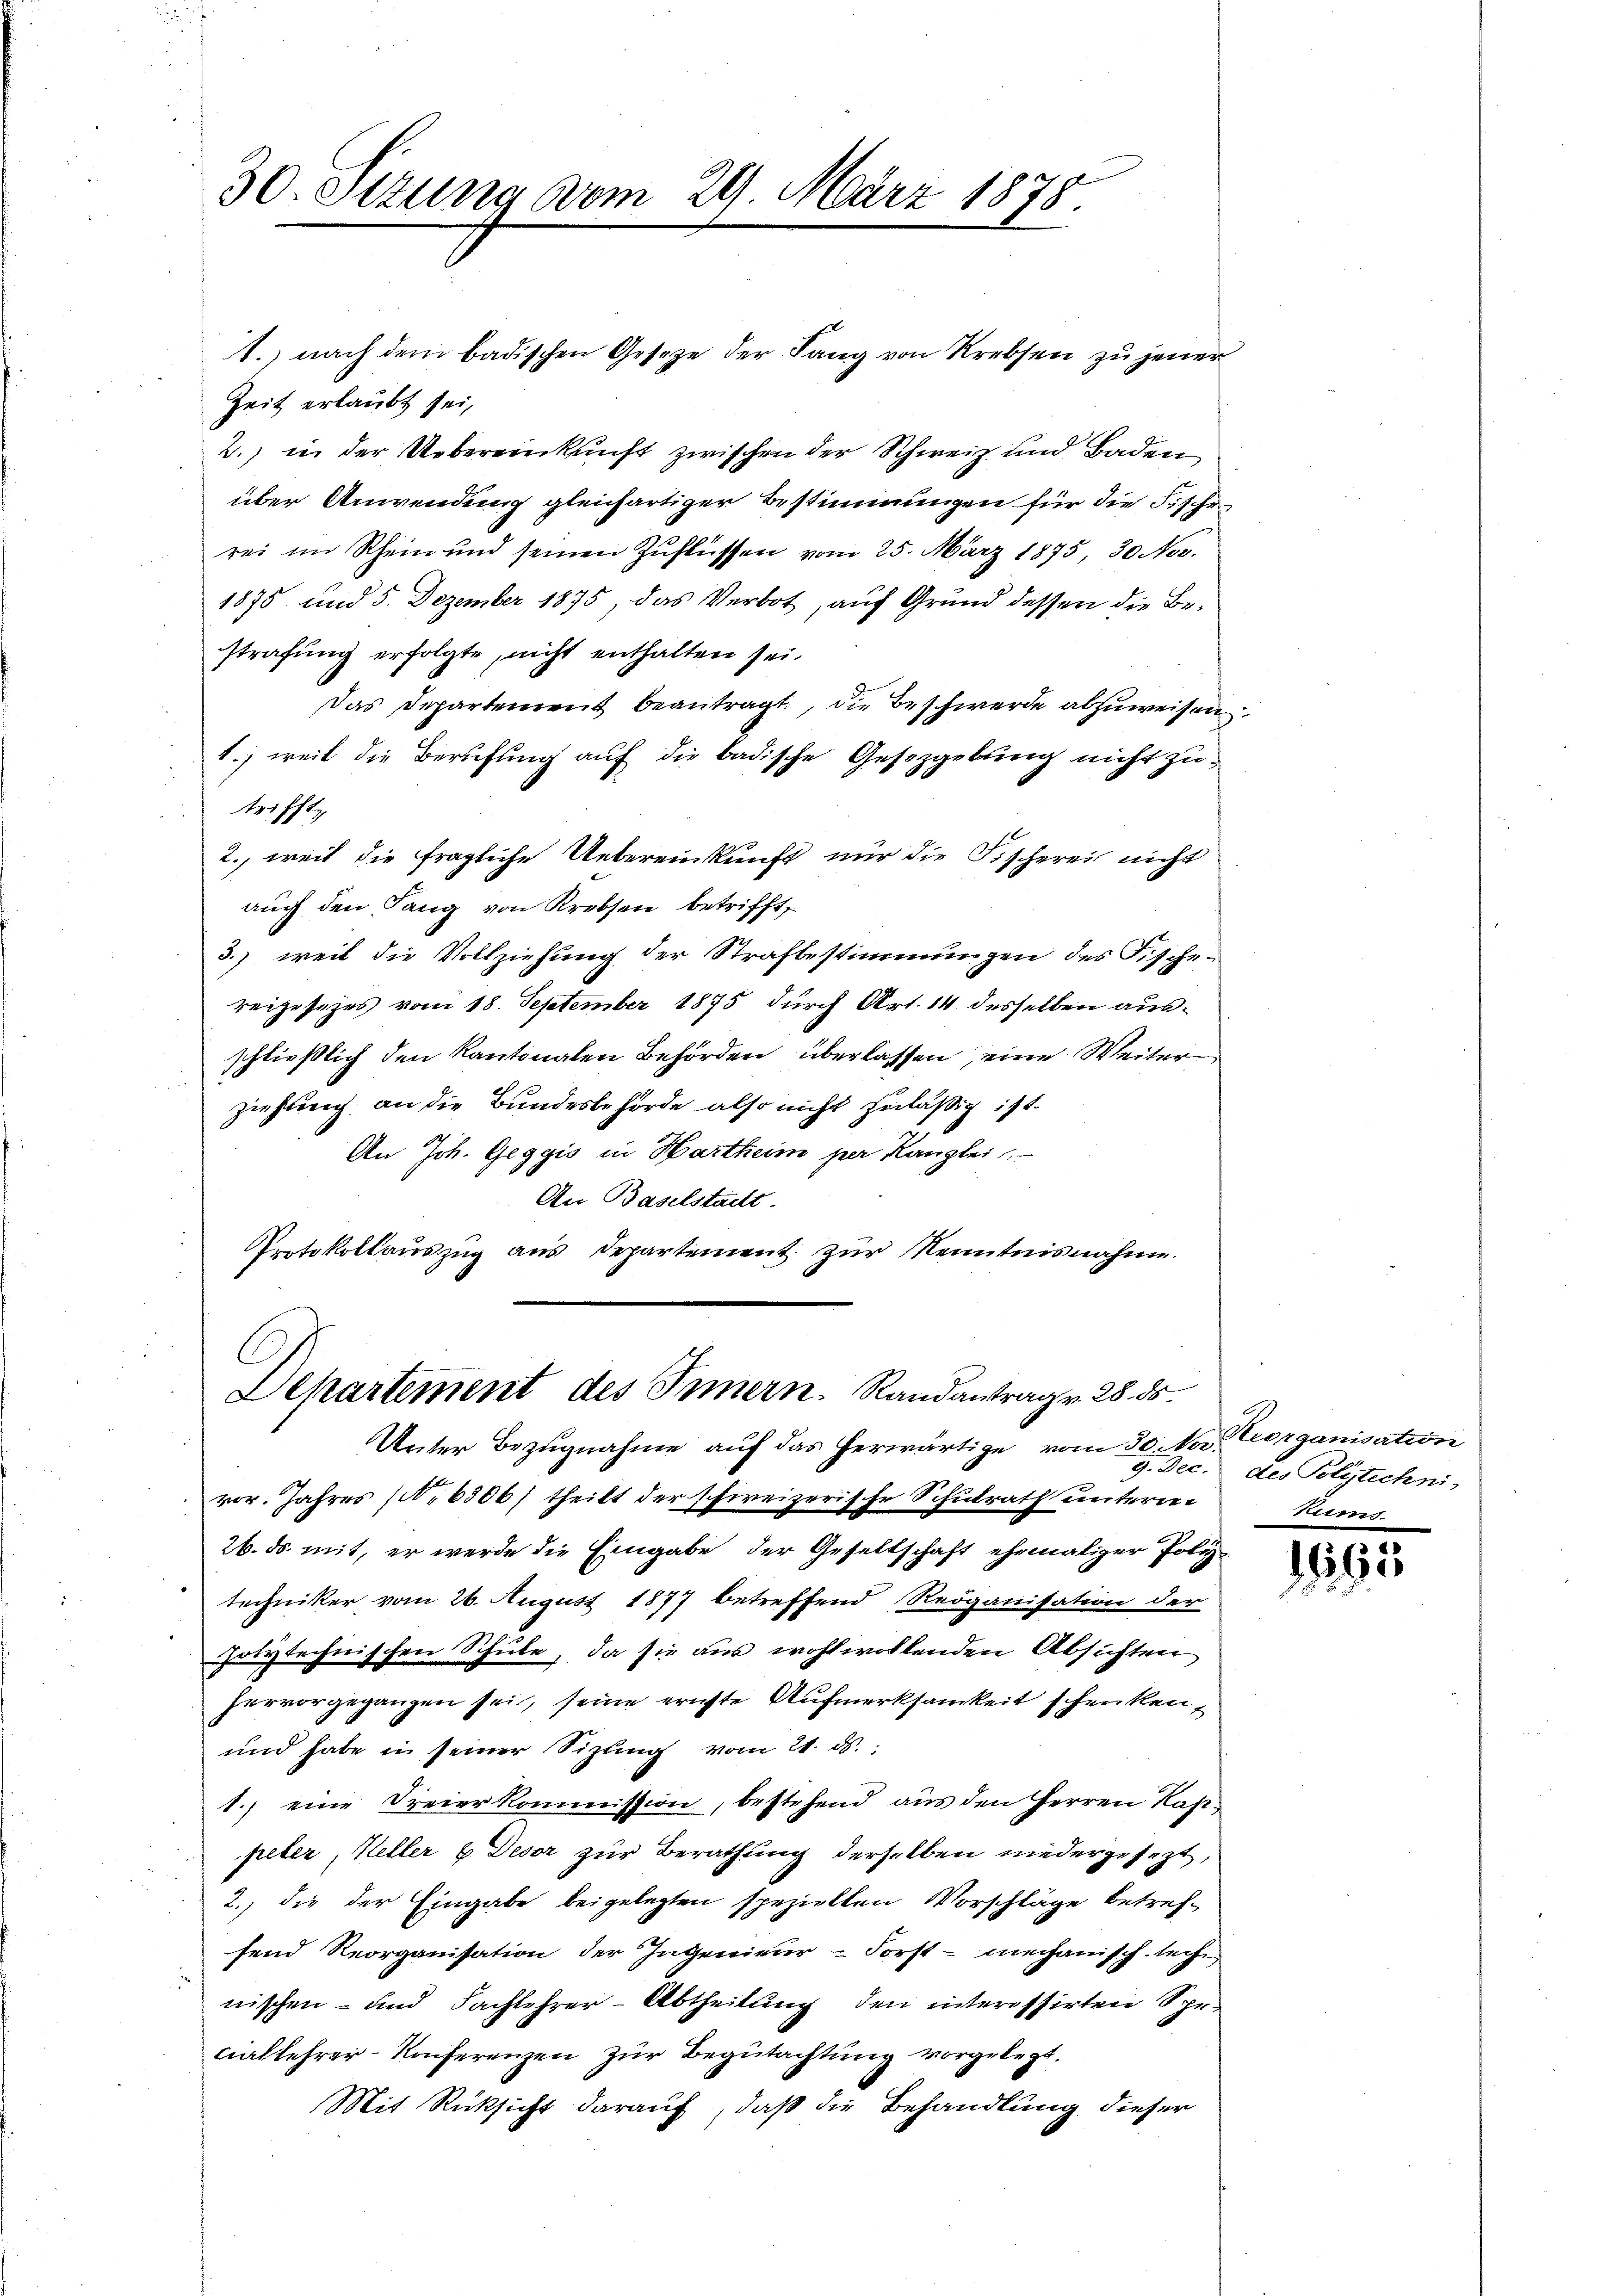
1. nach dem badischen Gesetze der Lang von Krebsen zu jener
Zeit erlaubt sei,
2., in der Uebereinkunft zwischen der Schweiz und Baden
über Anwendung gleichartiger Bestimmungen für die Fische
rei im Rhein und seinen Zuflüssen vom 25. März 1875, 30 Nov.
1878 und 5. Dezember 1875 das Verbot, auf Grund dessen die Bestrafung erfolgte, nicht enthalten sei.
Das Departement beantragt, die Beschwerde abzuweisen.
1.) weil die Berufung auf die badische Gesetzgebung nicht zutrifft,
2., weil die fragliche Uebereinkunft nur die Fischerei nicht
auch den Lang von Krebsen, betrifft,
3.) weil die Vollziehung der Strafbestimmungen des Fische-
reigesezes vom 18. September 1875 durch Art. 14. desselben ausschließlich den Kantonalen Behörden überlassen, eine Weiter
ziehung an die Bundesbehörde also nicht zuläßig ist.
An Joh. Geggis in Hartheim per Kanzlei
An Baselstadt
Protokollauszug aus Departement zur Kenntnisnahme.

30. Stzung vom 29. März 1878.

C
Departement des Innern. Randantrag v. 28. ds.
Unter Bezugnahme auf das herwärtige vom 30. No.

vor. Jahres (. 6306) theilt der schweizerische Schulrath unterrei
26. ds. mit, er werde die Eingabe der Gesellschaft ehemaliger Poliz
techniker vom 26. August 1877 betreffend Redganisation der
folytechnischen Schule, da sie aus wohlwollenden Absichten
hervorgegangen sei, seine ernste Aufmerksamkeit schenken,
und habe in seiner Sizling vom 21. ds.
1.) eine Freierkommission, bestehend aus den Herren Kappeler, Heller & Deser zur Berathung derselben niedergesezt,
2., die der Eingabe beigelegten spezielten Vorschläge betreffend Reorganisation der Ingenieur-Forst- mechanisch-teche
nischen- und Fachlehrer-Abtheilung den interessirten Spenallehrer-Konferenzen zur Begutachtung vorgelegt.
Mit Rücksicht darauf, daß die Behandlung dieser

Reorganisation
9. Dec. des Polytechni
Kums.

1695